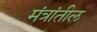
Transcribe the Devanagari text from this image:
मंत्रांतील